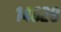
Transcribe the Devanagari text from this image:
१४६२८